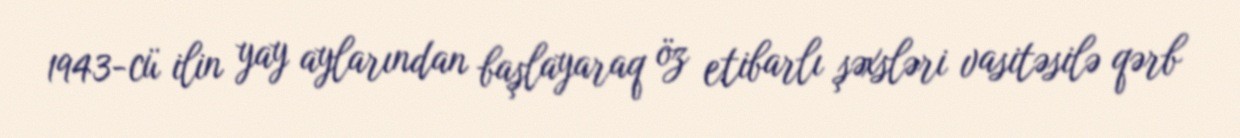
1943-cü ilin yay aylarından başlayaraq öz etibarlı şəxsləri vasitəsilə qərb